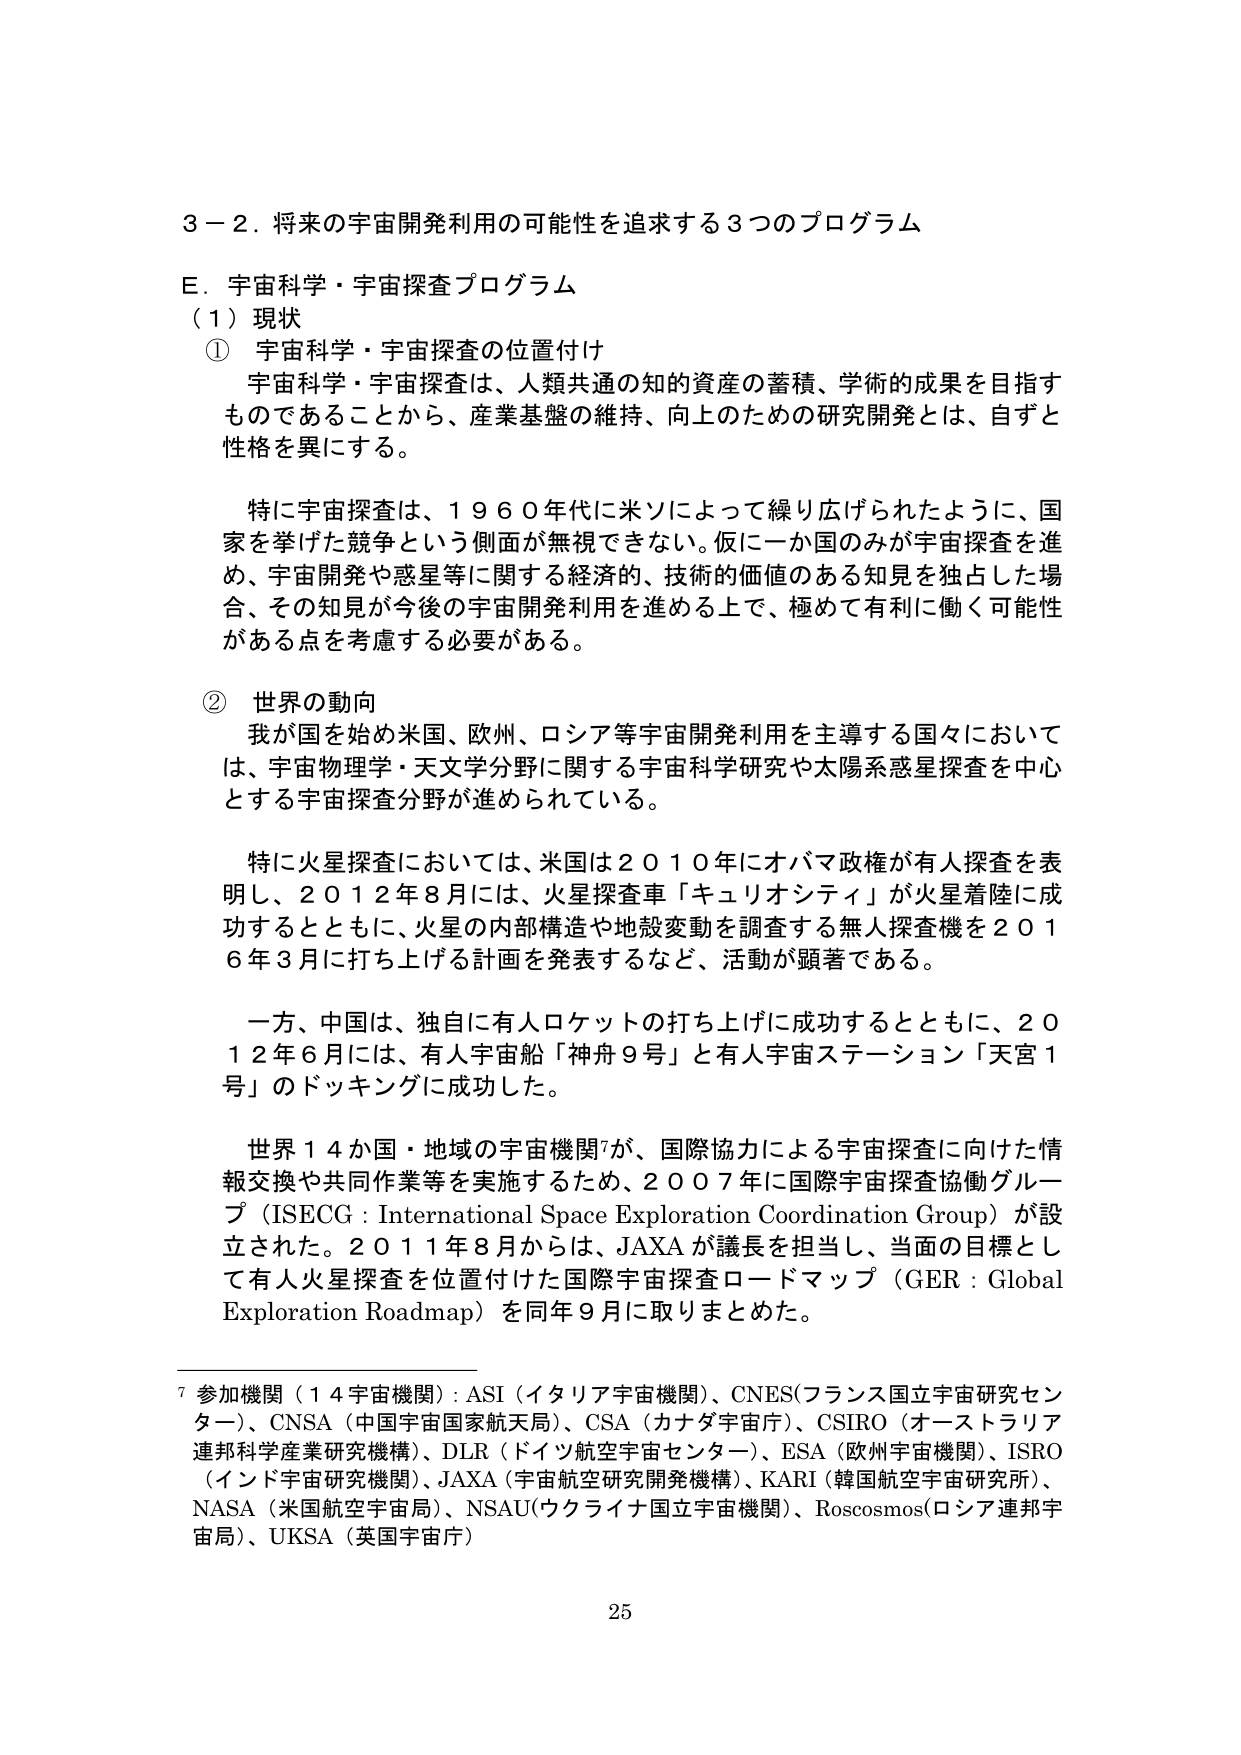
３－２．将来の宇宙開発利用の可能性を追求する３つのプログラム

Ｅ．宇宙科学・宇宙探査プログラム

（１）現状

① 宇宙科学・宇宙探査の位置付け

宇宙科学・宇宙探査は、人類共通の知的資産の蓄積、学術的成果を目指すものであることから、産業基盤の維持、向上のための研究開発とは、自ずと性格を異にする。

特に宇宙探査は、１９６０年代に米ソによって繰り広げられたように、国家を挙げた競争という側面が無視できない。仮に一か国のみが宇宙探査を進め、宇宙開発や惑星等に関する経済的、技術的価値のある知見を独占した場合、その知見が今後の宇宙開発利用を進める上で、極めて有利に働く可能性がある点を考慮する必要がある。

② 世界の動向

我が国を始め米国、欧州、ロシア等宇宙開発利用を主導する国々においては、宇宙物理学・天文学分野に関する宇宙科学研究や太陽系惑星探査を中心とする宇宙探査分野が進められている。

特に火星探査においては、米国は２０１０年にオバマ政権が有人探査を表明し、２０１２年８月には、火星探査車「キュリオシティ」が火星着陸に成功するとともに、火星の内部構造や地殻変動を調査する無人探査機を２０１６年３月に打ち上げる計画を発表するなど、活動が顕著である。

一方、中国は、独自に有人ロケットの打ち上げに成功するとともに、２０１２年６月には、有人宇宙船「神舟９号」と有人宇宙ステーション「天宮１号」のドッキングに成功した。

世界１４か国・地域の宇宙機関⁷が、国際協力による宇宙探査に向けた情報交換や共同作業等を実施するため、２００７年に国際宇宙探査協働グループ（ISECG：International Space Exploration Coordination Group）が設立された。２０１１年８月からは、JAXAが議長を担当し、当面の目標として有人火星探査を位置付けた国際宇宙探査ロードマップ（GER：Global Exploration Roadmap）を同年９月に取りまとめた。

⁷ 参加機関（１４宇宙機関）：ASI（イタリア宇宙機関）、CNES（フランス国立宇宙研究センター）、CNSA（中国宇宙国家航天局）、CSA（カナダ宇宙庁）、CSIRO（オーストラリア連邦科学産業研究機構）、DLR（ドイツ航空宇宙センター）、ESA（欧州宇宙機関）、ISRO（インド宇宙研究機関）、JAXA（宇宙航空研究開発機構）、KARI（韓国航空宇宙研究所）、NASA（米国航空宇宙局）、NSAU（ウクライナ国立宇宙機関）、Roscosmos（ロシア連邦宇宙局）、UKSA（英国宇宙庁）

25